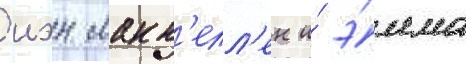
иэн макк'елл'ен и́ э́мма